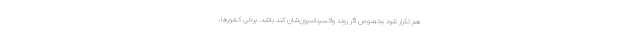
هم تکرار شود بخصوص اگر روند واکسیناسیون‌شان کند باشد. برخی کشورها،